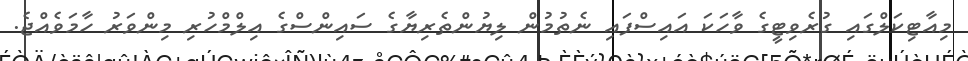
މިއާޓިކަލްގައި ގުރެވިޓީގެ ވާހަަކަ އައިސްފައި ނެތުމުން ލިޔުންތެރިޔާގެ ސައިންސްގެ އިލްމްހުރި މިންވަރު ހާމަވެއްޖެ.